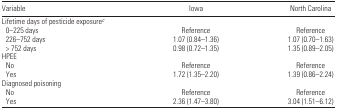
| Variable | Iowa | North Carolina |
 | --- | --- | --- |
 | <COLSPAN=3> Lifetime days of pesticide exposurec |
 | 0–225 days | Reference | Reference |
 | 226–752 days | 1.07 (0.84–1.36) | 1.07 (0.70–1.63) |
 | > 752 days | 0.98 (0.72–1.35) | 1.35 (0.89–2.05) |
 | <COLSPAN=3> HPEE |
 | No | Reference | Reference |
 | Yes | 1.72 (1.35–2.20) | 1.39 (0.86–2.24) |
 | <COLSPAN=3> Diagnosed poisoning |
 | No | Reference | Reference |
 | Yes | 2.36 (1.47–3.80) | 3.04 (1.51–6.12) |